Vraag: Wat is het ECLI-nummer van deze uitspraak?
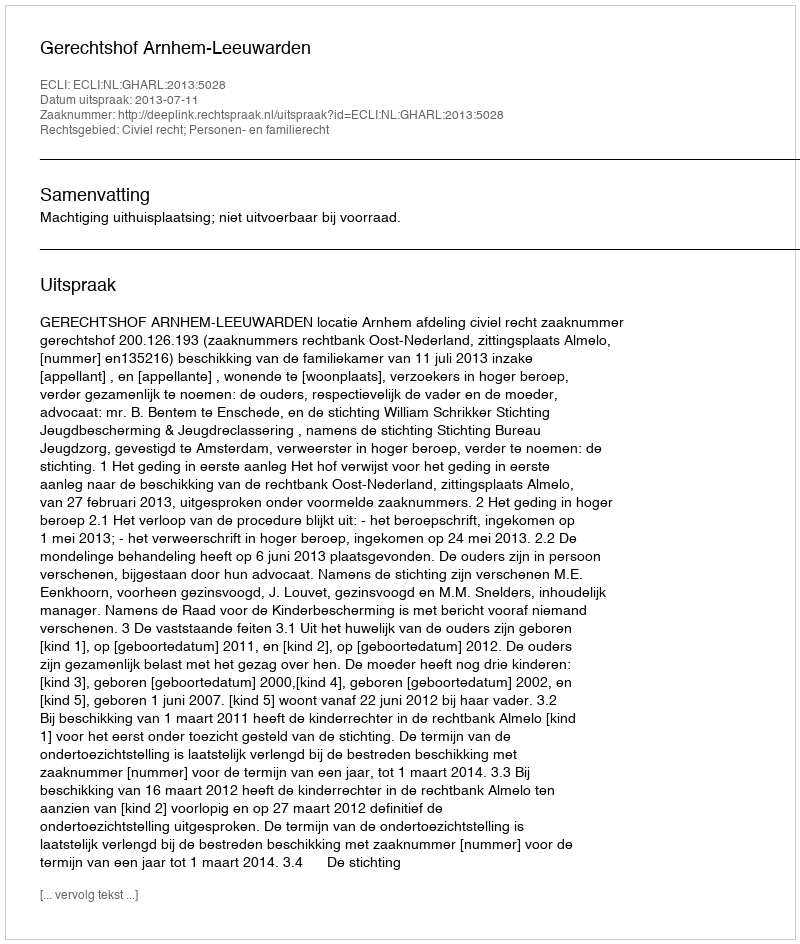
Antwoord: ECLI:NL:GHARL:2013:5028